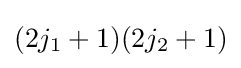
(2j_{1}+1)(2j_{2}+1)